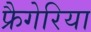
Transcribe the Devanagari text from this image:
फ्रैगेरिया